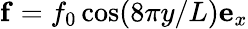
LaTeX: {\mathbf f}=f_{0}\cos(8\pi y/L){\mathbf e}_{x}